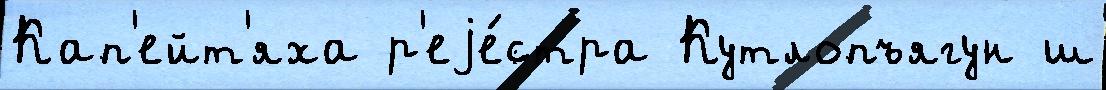
Кап'ейт'яха р'еjе́стра Кутлопъягун ш